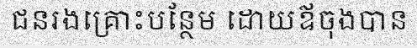
ជនរងគ្រោះបន្ថែម ដោយឪចុងបាន